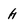
Character: H